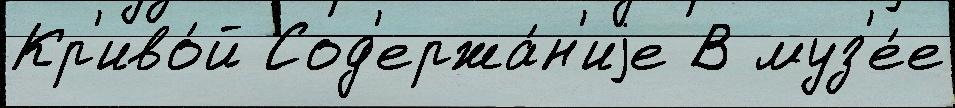
Кр'иво́й Сод'ержа́н'иjе В муз'е́е